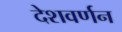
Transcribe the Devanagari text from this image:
देशवर्णन